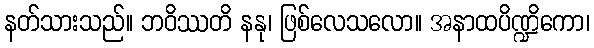
နတ်သားသည်။ ဘဝိဿတိ နနု၊ ဖြစ်လေသလော။ အနာထပိဏ္ဍိကော၊